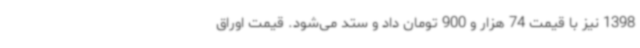
1398 نیز با قیمت 74 هزار و 900 تومان داد و ستد می‌شود. قیمت اوراق